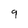
Character: 9